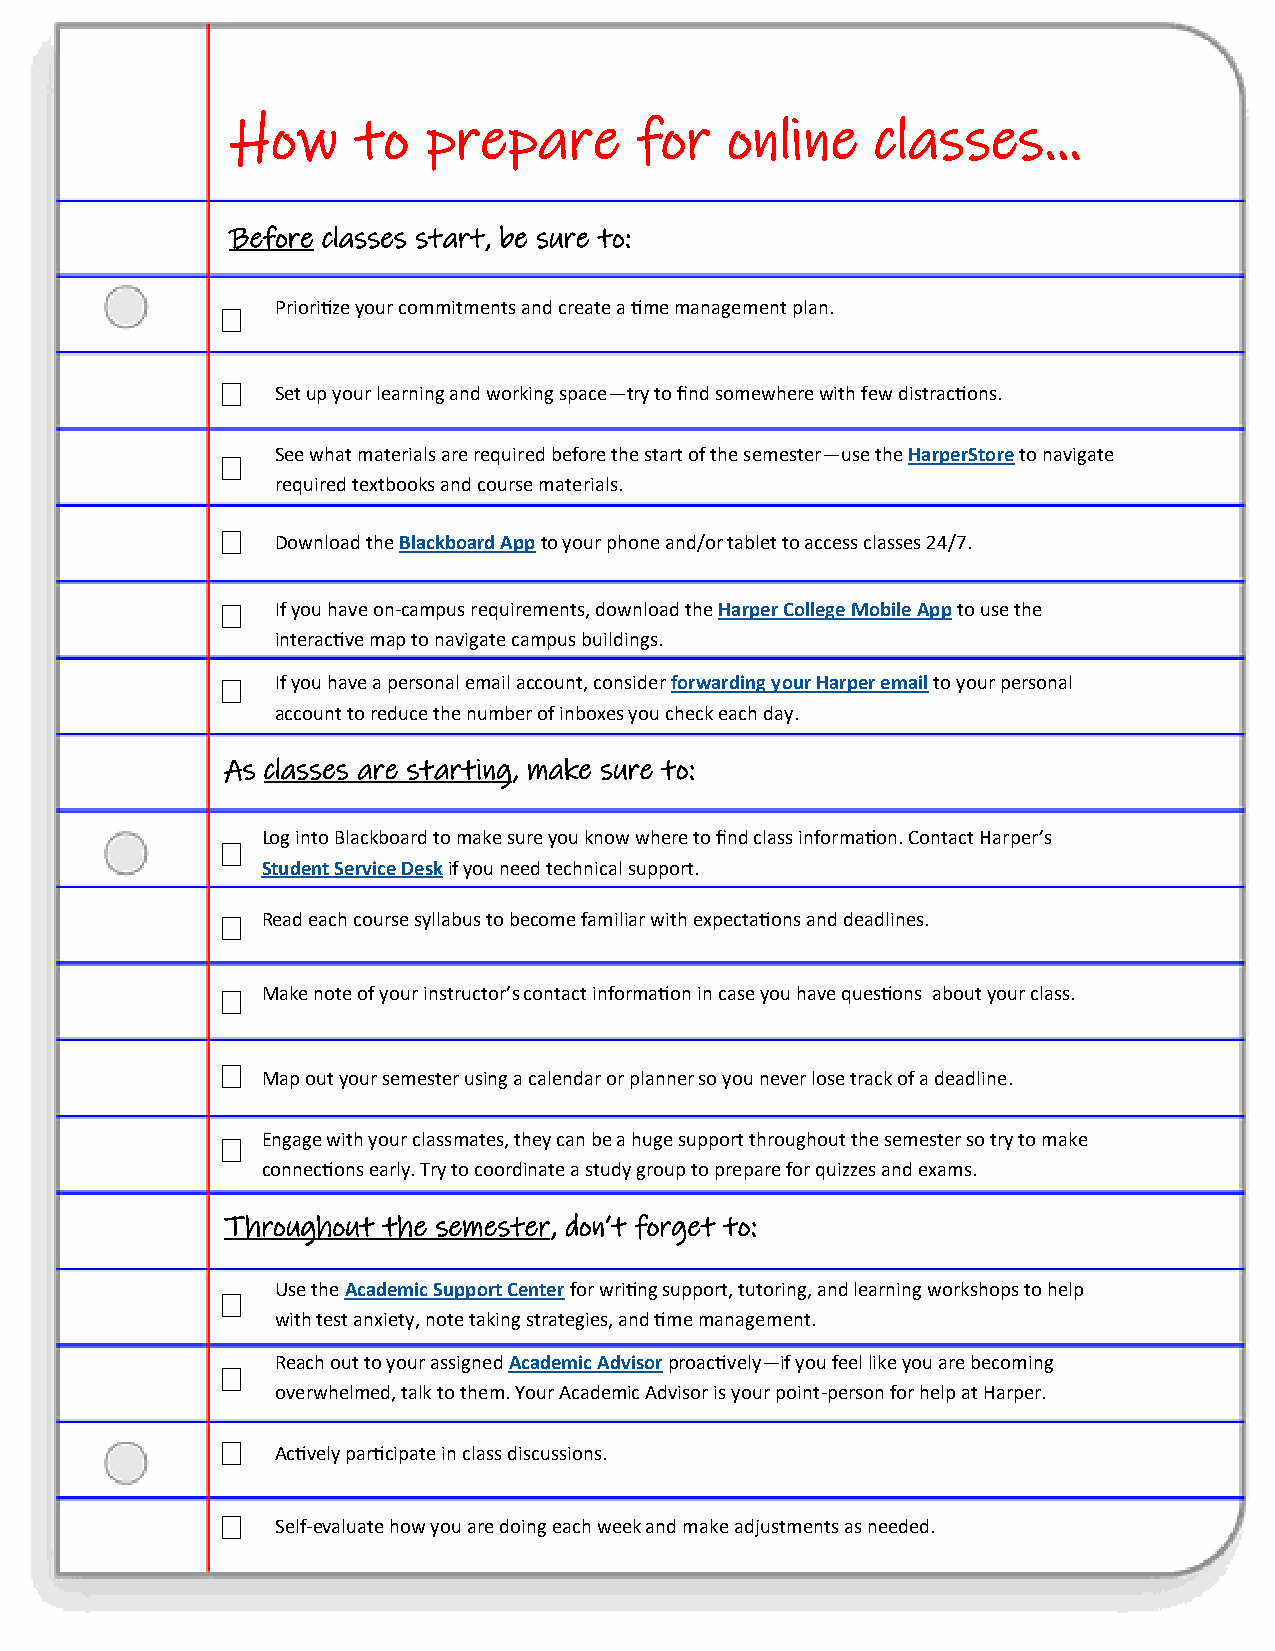
How      to  prepare       for   online    classes...
 Before classes start, be sure to:
   Prioritize your commitments and create a time management plan.
 
 Set up your learning and working space—try to find somewhere with few distractions.
   See what materials are required before the start of the semester—use the HarperStore to navigate
 required textbooks and course materials.
 
 Download the Blackboard App to your phone and/or tablet to access classes 24/7.
   If you have on-campus requirements, download the Harper College Mobile App to use the
 interactive map to navigate campus buildings.
   If you have a personal email account, consider forwarding your Harper email to your personal
 account to reduce the number of inboxes you check each day.
 As classes are starting, make sure to:
 Log into Blackboard to make sure you know where to find class information. Contact Harper’s
 
 Student Service Desk if you need technical support.
  R ead each course syllabus to become familiar with expectations and deadlines.
  M ake note of your instructor’s contact information in case you have questions about your class.
 
 Map out your semester using a calendar or planner so you never lose track of a deadline.
  E ngage with your classmates, they can be a huge support throughout the semester so try to make
 connections early. Try to coordinate a study group to prepare for quizzes and exams.
 Throughout the semester, don’t forget to:
 Use the Academic Support Center for writing support, tutoring, and learning workshops to help
 
 with test anxiety, note taking strategies, and time management.
 Reach out to your assigned Academic Advisor proactively—if you feel like you are becoming
 
 overwhelmed, talk to them. Your Academic Advisor is your point-person for help at Harper.
 
 Actively participate in class discussions.
 
 Self-evaluate how you are doing each week and make adjustments as needed.